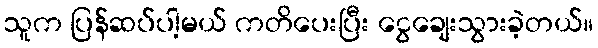
သူက ပြန်ဆပ်ပါ့မယ် ကတိပေးပြီး ငွေချေးသွားခဲ့တယ်။